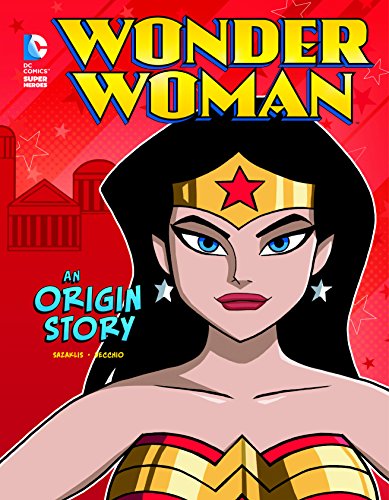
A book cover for Wonder Woman: An Origin Story (DC Super Heroes Origins); John Sazaklis; Children's Books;